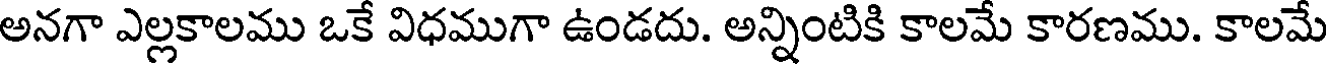
అనగా ఎల్లకాలము ఒకే విధముగా ఉండదు. అన్నింటికి కాలమే కారణము. కాలమే